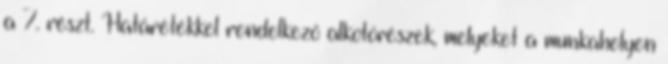
a 7. részt. Határétékkel rendelkező alkotórészek, melyeket a munkahelyen